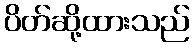
ပိတ်ဆို့ထားသည်